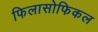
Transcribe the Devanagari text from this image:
फिलासोफिकल